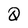
Character: Q